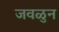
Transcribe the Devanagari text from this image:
जवळुन